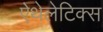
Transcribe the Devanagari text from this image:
ऐथेलेटिक्स